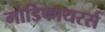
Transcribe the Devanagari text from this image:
मोडिफायरर्स